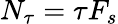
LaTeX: N_{\tau}=\tau F_{s}